Civil Veterinary Dept. Bombay admin report 1932-41 - 1932-1941
Year: 1932
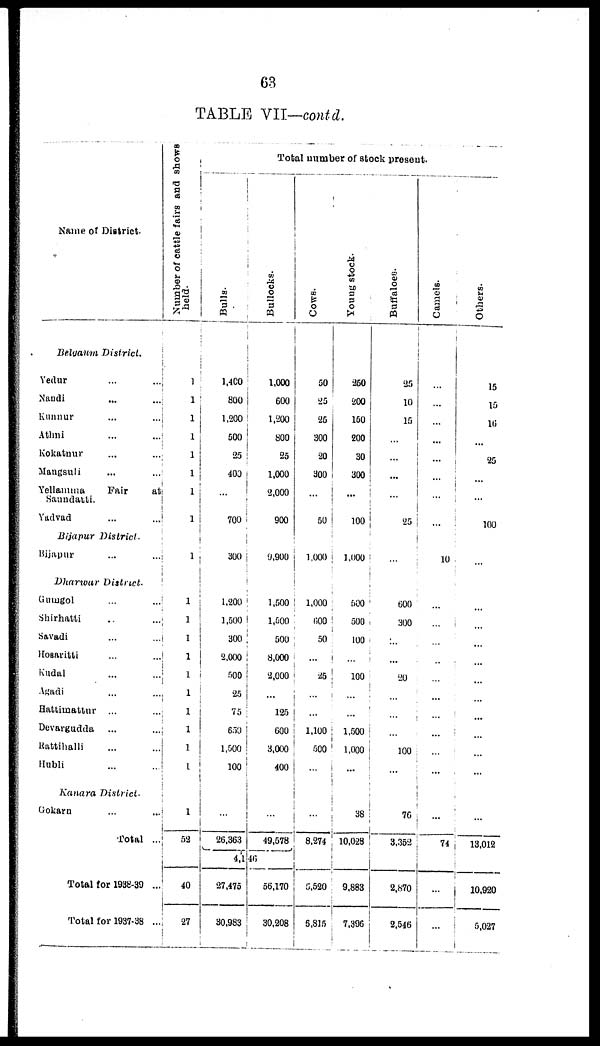
63
TABLE VII—contd.
Name of District.
Belgaum
District.
Yedur
...
...
Nandi
...
...
Kunnur
...
...
Athni
...
...
Kokatnur
...
...
Mangsuli
...
...
Yellamma
Fair
at
Saundatti
Yadvad
...
...
Bijapur
District.
Bijapur
...
...
Dharwar
District.
Gumgol
...
...
Shirhatti
..
...
Savadi
...
...
Hosaritti
...
...
Kudal
...
...
Agadi
...
...
Hattimattur ...
...
Devargudda
...
...
Rattihalli ... ...
Hubli ... ...
Kanara
District.
Gokarn ...
...
Total ...
Total for 1938-39 ...
Total for 1937-38 ...
Number of cattle fairs and shows
held.
1
1
1
1
1
1
1
1
1
1
1
1
1
1
1
1
1
1
1
1
52
40
27
Total number of stock present.
Bulls.
1,400
800
1,200
500
25
400
...
700
300
1,200
1,500
300
2,000
500
25
75
650
1,500
100
...
26,363
Bullocks.
1,000
600
1,200
800
25
1,000
2,000
900
9,900
1,500
1,600
500
8,000
2,000
...
125
600
3,000
400
...
49,578
4,116
27,475
30,983
56,170
30,208
Cows.
50
25
25
300
20
300
...
50
1,000
1,000
600
50
...
25
...
...
1,100
500
...
...
8,274
5,520
5,815
Young stock.
250
200
150
200
30
300
...
100
1,000
500
500
100
...
100
...
...
1,500
1,000
...
38
10,028
9,883
7,396
Buffaloes.
25
10
15
...
...
...
...
25
...
600
300
...
...
20
...
...
...
100
...
76
3,352
2,870
2,546
Camels.
...
...
...
...
...
...
...
...
10
...
...
...
...
...
...
...
...
...
...
...
74
...
...
Others.
15
15
16
...
25
...
...
100
...
...
...
...
...
...
...
...
...
...
...
...
13, 012
10,920
5,027